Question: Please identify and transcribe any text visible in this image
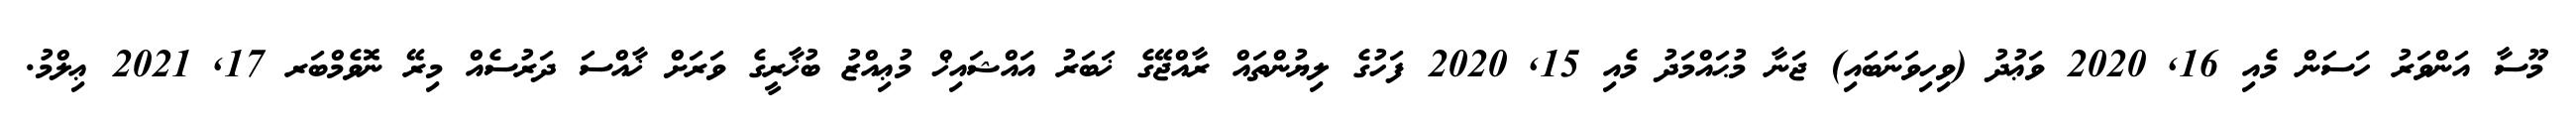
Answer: މޫސާ އަންވަރު ހަސަން މެއި 16, 2020 ވަޢުދު (ވިހިވަނަބައި) ޖަނާ މުޙައްމަދު މެއި 15, 2020 ފަހުގެ ލިޔުންތައް ރާއްޖޭގެ ޚަބަރު އައްޝައިޚް މުޢިއްޒު ބުޚާރީގެ ވަރަށް ޚާއްސަ ދަރުސެއް މިރޭ ނޮވެމްބަރ 17, 2021 ޢިލްމު.